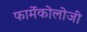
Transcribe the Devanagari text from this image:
फार्मेकोलोजी